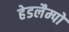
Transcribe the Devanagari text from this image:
हेडलैम्पों